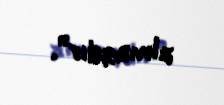
almaqdır”.